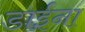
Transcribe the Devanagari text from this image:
डाईना